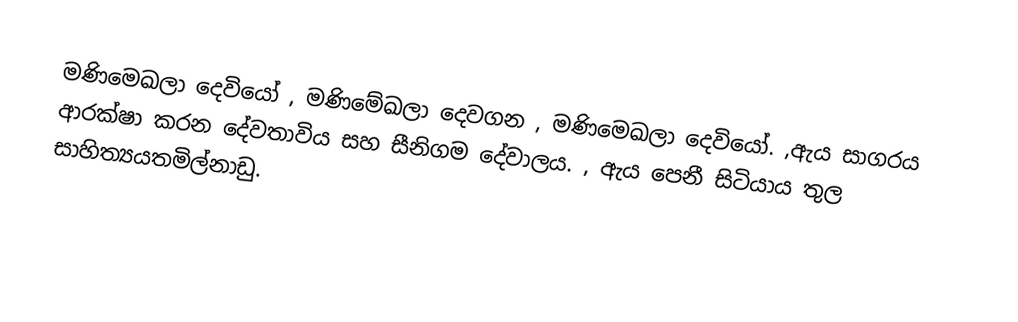
මණිමෙඛලා දෙවියෝ , මණිමේඛලා දෙවගන , මණිමෙඛලා දෙවියෝ. ,ඇය සාගරය ආරක්ෂා කරන දේවතාවිය සහ සීනිගම දේවාලය. , ඇය පෙනී සිටියාය තුල සාහිත්‍යයතමිල්නාඩු.